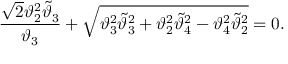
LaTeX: { \frac { \sqrt { 2 } \vartheta _ { 2 } ^ { 2 } \widetilde \vartheta _ { 3 } } { \vartheta _ { 3 } } } + \sqrt { \vartheta _ { 3 } ^ { 2 } \widetilde \vartheta _ { 3 } ^ { 2 } + \vartheta _ { 2 } ^ { 2 } \widetilde \vartheta _ { 4 } ^ { 2 } - \vartheta _ { 4 } ^ { 2 } \widetilde \vartheta _ { 2 } ^ { 2 } } = 0 .